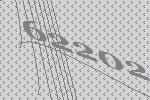
62202